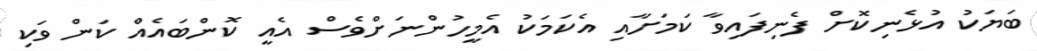
ބަޔަކު އުޅެނިކޮށް ފެނިފައިވާ ކަމަށާއި އެކަމަކު އެމީހުންނަށްވެސް އެއީ ކޮންބައެއް ކަން ވަކި